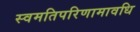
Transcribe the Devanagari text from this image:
स्वमतिपरिणामावधि